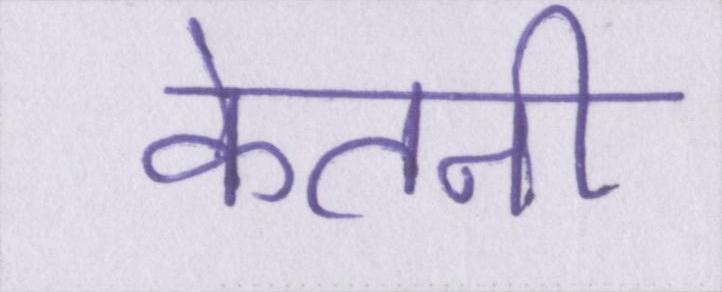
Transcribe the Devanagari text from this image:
केतनी